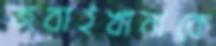
জবাইখানাকে